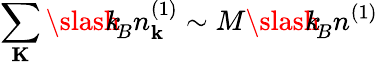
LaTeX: \sum_{\mathbf K}{\slash\! \! \! k}_{\! {B}}n_{\mathbf k}^{(1)}\sim M{\slash\! \! \! k}_{\! {B}}n^{(1)}